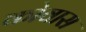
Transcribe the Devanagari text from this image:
कोवास